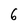
Character: 6